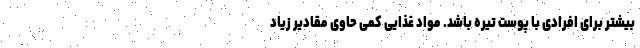
بیشتر برای افرادی با پوست تیره باشد. مواد غذایی کمی حاوی مقادیر زیاد